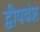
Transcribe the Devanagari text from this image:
द्वीपवंश